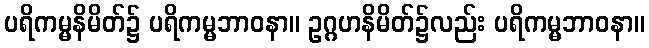
ပရိကမ္မနိမိတ်၌ ပရိကမ္မဘာဝနာ။ ဥဂ္ဂဟနိမိတ်၌လည်း ပရိကမ္မဘာဝနာ။